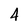
Character: 4